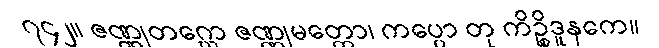
၇၄၂။ ဇဏ္ဏုတဂ္ဃော ဇဏ္ဏုမတ္တော၊ ကပ္ပော တု ကိဉ္စိဒူနကေ။